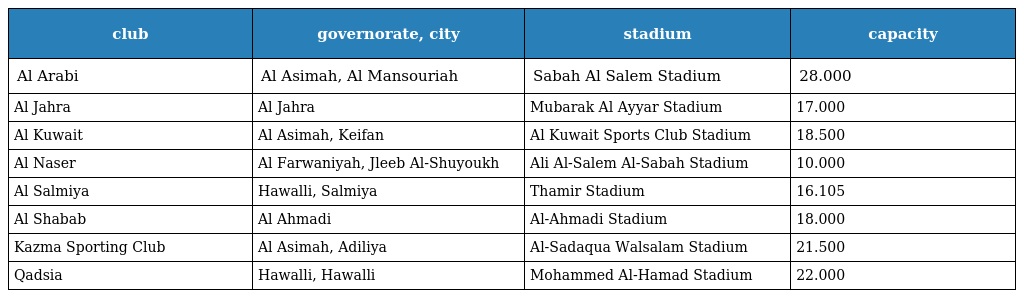
| club | governorate, city | stadium | capacity |
 | --- | --- | --- | --- |
 | Al Arabi | Al Asimah, Al Mansouriah | Sabah Al Salem Stadium | 28.000 |
 | Al Jahra | Al Jahra | Mubarak Al Ayyar Stadium | 17.000 |
 | Al Kuwait | Al Asimah, Keifan | Al Kuwait Sports Club Stadium | 18.500 |
 | Al Naser | Al Farwaniyah, Jleeb Al-Shuyoukh | Ali Al-Salem Al-Sabah Stadium | 10.000 |
 | Al Salmiya | Hawalli, Salmiya | Thamir Stadium | 16.105 |
 | Al Shabab | Al Ahmadi | Al-Ahmadi Stadium | 18.000 |
 | Kazma Sporting Club | Al Asimah, Adiliya | Al-Sadaqua Walsalam Stadium | 21.500 |
 | Qadsia | Hawalli, Hawalli | Mohammed Al-Hamad Stadium | 22.000 |